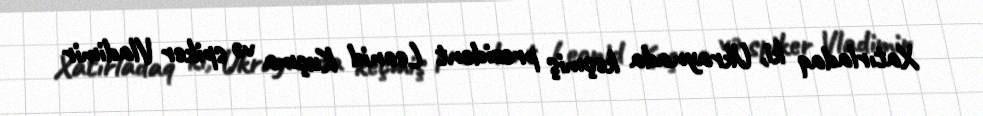
Xatırladaq ki, Ukraynada keçmiş prezident Leonid Kuçma və spiker Vladimir